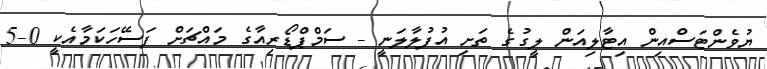
ޔުވެންޓަސްއިން އިޓާލިއަން ލީގުގެ ތަށި އުފުލާލަނީ - ސަމްޕްޑޯރިއާގެ މައްޗަށް ފަސޭހަކަމާއެކީ 0-5